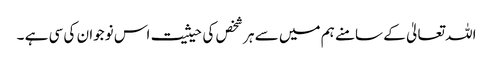
اللہ تعالیٰ کے سامنے ہم میں سے ہر شخص کی حیثیت اس نوجوان کی سی ہے ۔